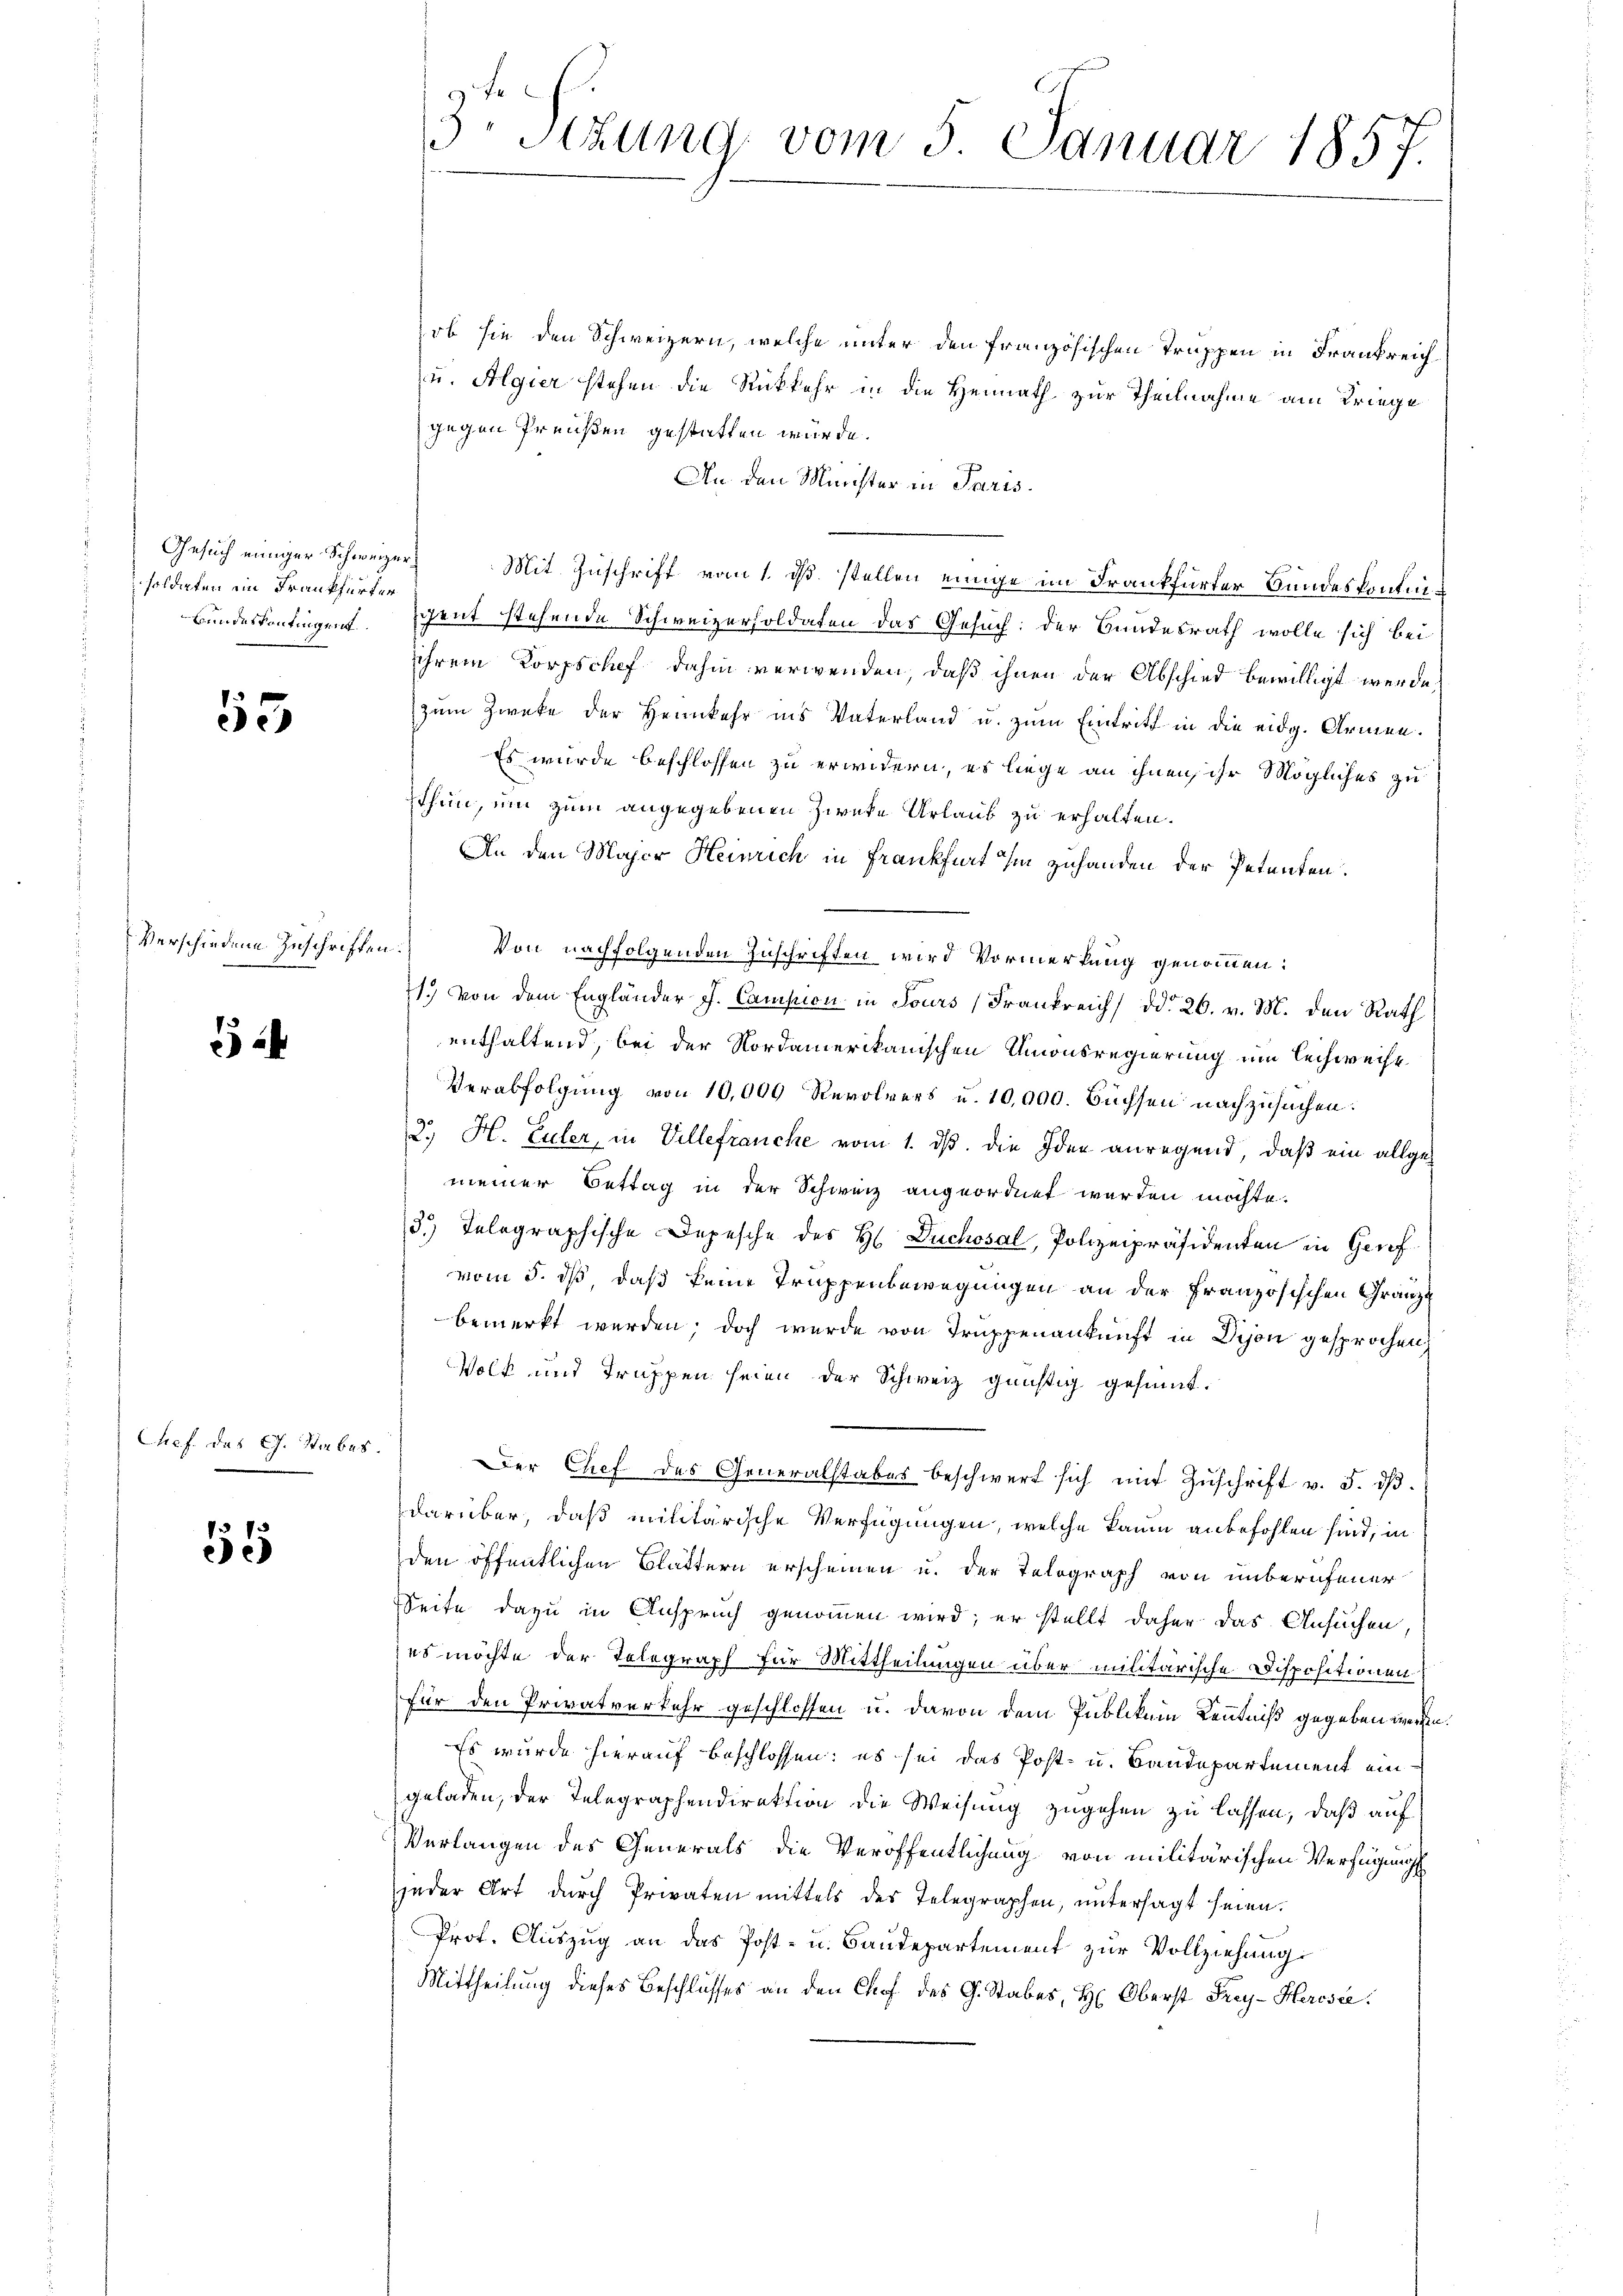
Gesuch einiger Schweizersolderten ein Frankfurter

55

Verschiedene Zuschriften.

Chef. des C. Stabes.

55

ob sie den Schweizern, welche unter den französischen Truppen in Frankreich¬
u. Algier stehen die Rückkehr in die Heimath zur Theilnahme am Kriege
gegen Preußen gestatten wurde.
An den Minister in Paris.
Mit Zuschrift vom 1. ds. stellen einige im Frankfurter Bundeskontin¬
Bundeskontingent. Gent stehende Schweizersoldaten das Gesuch: der Bundesrath wolle sich bei
ihrem Korpschef dahin verwenden, daß ihnen der Abschied bewilligt werde,
zum Zwecke der Heimkehr ins Vaterland u. zum Eintritt in die eidg. Armen.
Es wurde beschlossen zu erwidern, es liege an ihnen, ihr Mögliches zu
thun, um zum angegebenen Zwecke Urlaub zu erhalten.
An den Major Heinrich in Frankfurt ihm zuhanden der Petenten.
Von nachfolgenden Zuschriften wird Vormerkung genommen:
71.) Von dem Engländer J. Camson in Tours (Frankreich) ddo 26. v. M. den Rath
enthaltend, bei der Nordamerikanischen Umonsregierung am Lechweise
Verabfolgung von 10,000 Revolvers u. 10,000. Büchsen nachzusuchen.
2. H. Euler, in Villefranche vom 1. ds. die Idee anregend, daß ein allgemeiner Bettag in der Schweiz angeordnet werden möchte.
3.) Telegraphische Depesche des H. Duchosal, Polizeipräsidenten in Genf
vom 5. ds, daß keine Truppenbewegungen an der Französischen Gränze
bemerkt werden; doch wurde von Truppenankunft in Dison gesprochen
Volk und Truppen seien der Schweiz günstig gesant.
Der Chef des Generalstabes beschwert sich mit Zŭschrift v. 5. dβ.
darüber, daß militärische Verfügungen, welche kaum anbefohlen sind, in
den öffentlichen Blättern erscheinen u. der Telograph von unberufener
Seite dazu in Anspruch genommen wird; er stellt daher das Ansuchen.
es möchte der Telegraph für Mittheilungen über militärische Dispositionen
für den Privatverkehr geschlossen u. davon dem Publikum Kenntniß gegeben werden.
Es wurde hierauf beschlossen; es sei das Post- u. Baudepartement eingeladen, der Telegraphendirektion die Weisung zugehen zu lassen, daß auf
Verlangen des Generals die Veröffentlichung von militärischen Verfügungs
jeder Art durch Privaten mittels des Telegraphen, untersagt seien.
Prof. Auszug an das Post- u. Baudepartement zur Vollziehung
Mittheilung dieses Beschlusses an den Chef des G. Stabes, H. Oberst Frey- Herosee.

9. Fe
3 Sizung vom 5. Januar 1857.